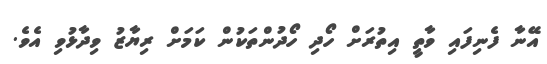
އޭނާ ފެނިފައި ވާތީ އިތުރަށް ހޯދި ހޯދުންތަކުން ކަމަށް ރިޔާޒު ވިދާޅުވި އެވެ.